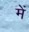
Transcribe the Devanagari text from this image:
में